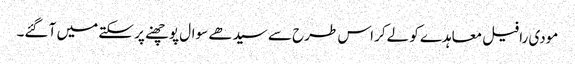
مودی رافیل معاہدے کو لےکر اس طرح سے سیدھے سوال پوچھنے پر سکتے میں آ گئے۔